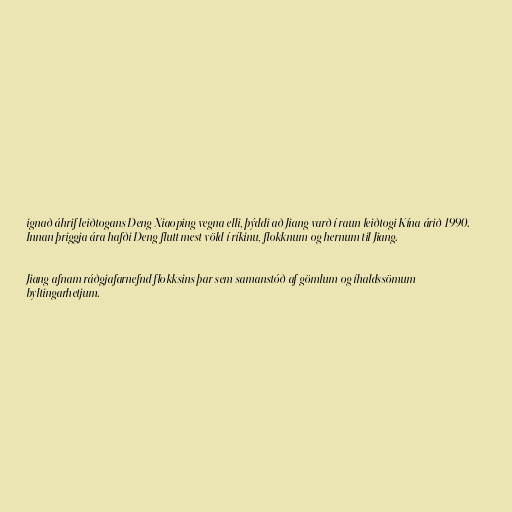
ignað áhrif leiðtogans Deng Xiaoping vegna elli, þýddi að Jiang varð í raun leiðtogi Kína árið 1990.
Innan þriggja ára hafði Deng flutt mest völd í ríkinu, flokknum og hernum til Jiang.

Jiang afnam ráðgjafarnefnd flokksins þar sem samanstóð af gömlum og íhaldssömum
byltingarhetjum.